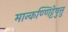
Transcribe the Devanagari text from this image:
मान्कण्णिट्टेषु़त्तु